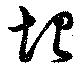
垠